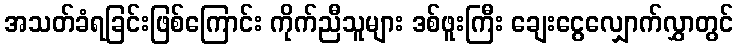
အသတ်ခံရခြင်းဖြစ်ကြောင်း ကိုက်ညီသူများ ဒစ်ဖူးကြီး ချေးငွေလျှောက်လွှာတွင်